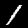
Label: 1